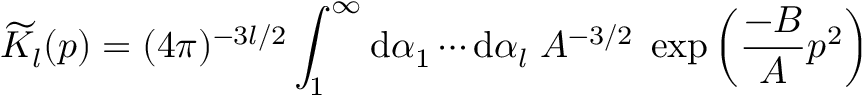
\widetilde { K } _ { l } ( p ) = ( 4 \pi ) ^ { - 3 l / 2 } \int _ { 1 } ^ { \infty } \mathrm { d } \alpha _ { 1 } \cdots \mathrm { d } \alpha _ { l } \; A ^ { - 3 / 2 } \; \exp \left( \frac { - B } { A } p ^ { 2 } \right)